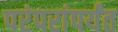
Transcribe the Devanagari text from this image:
परंपरांपर्यंत